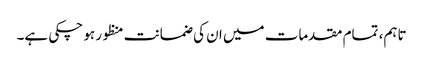
تاہم، تمام مقدمات میں ان کی ضمانت منظور ہو چکی ہے۔